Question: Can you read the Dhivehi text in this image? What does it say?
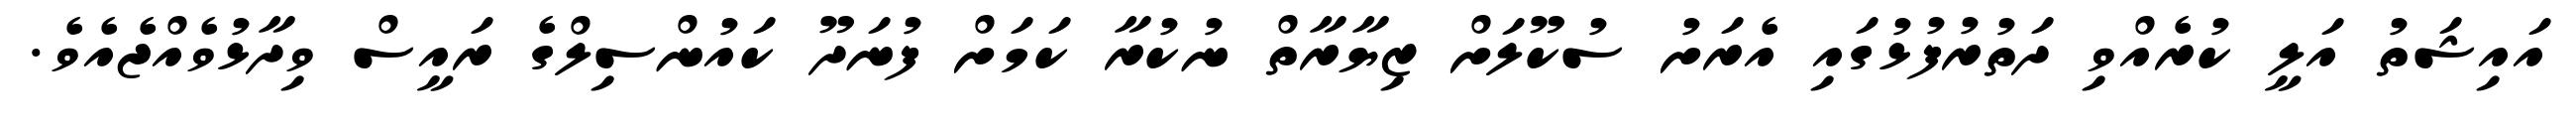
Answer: އައިޝަތު އަލީ ކުރެއްވި ދަތުރުފުޅުގައި އެރަށު ސުކޫލަށް ޒިޔާރާތް ނުކުރާ ކަމަށް ފުނަދޫ ކައުންސިލްގެ ރައީސް ވިދާޅުވެއްޖެއެވެ.